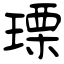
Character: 瑮